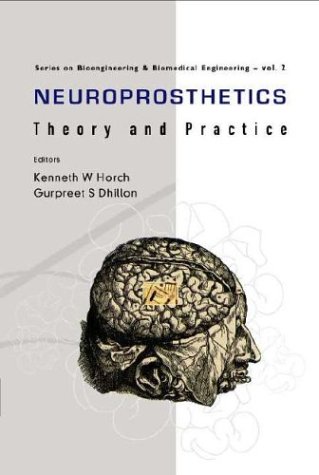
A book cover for Neuroprosthetics: Theory and Practice (Series on Bioengineering & Biomedical Engineering - Vol. 2); Medical Books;